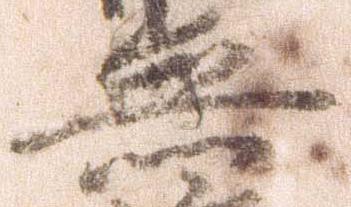
無